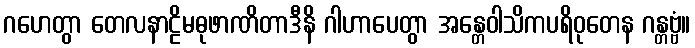
ဂဟေတွာ တေလနာဠိမဓုဖာဏိတာဒီနိ ဂါဟာပေတွာ အန္တေဝါသိကပရိဝုတေန ဂန္တဗ္ဗံ။